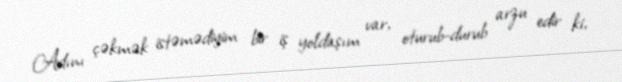
Adını çəkmək istəmədiyim bir iş yoldaşım var, oturub-durub arzu edir ki,